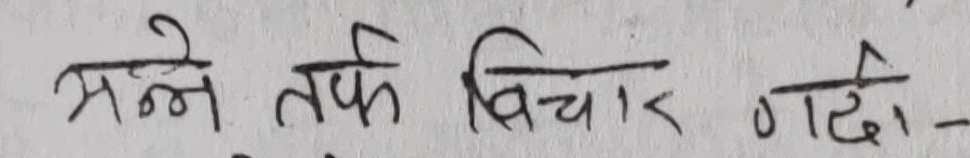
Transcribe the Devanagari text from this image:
सग्ने तर्फ बिचार गर्दा -